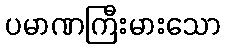
ပမာဏကြီးမားသော